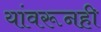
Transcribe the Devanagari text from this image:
यांवरूनही